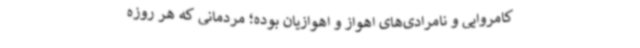
کامروایی و نامرادی‌های اهواز و اهوازیان بوده؛ مردمانی که هر روزه